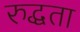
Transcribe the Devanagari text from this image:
रुद्धता